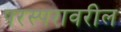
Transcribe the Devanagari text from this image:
परस्परावरील